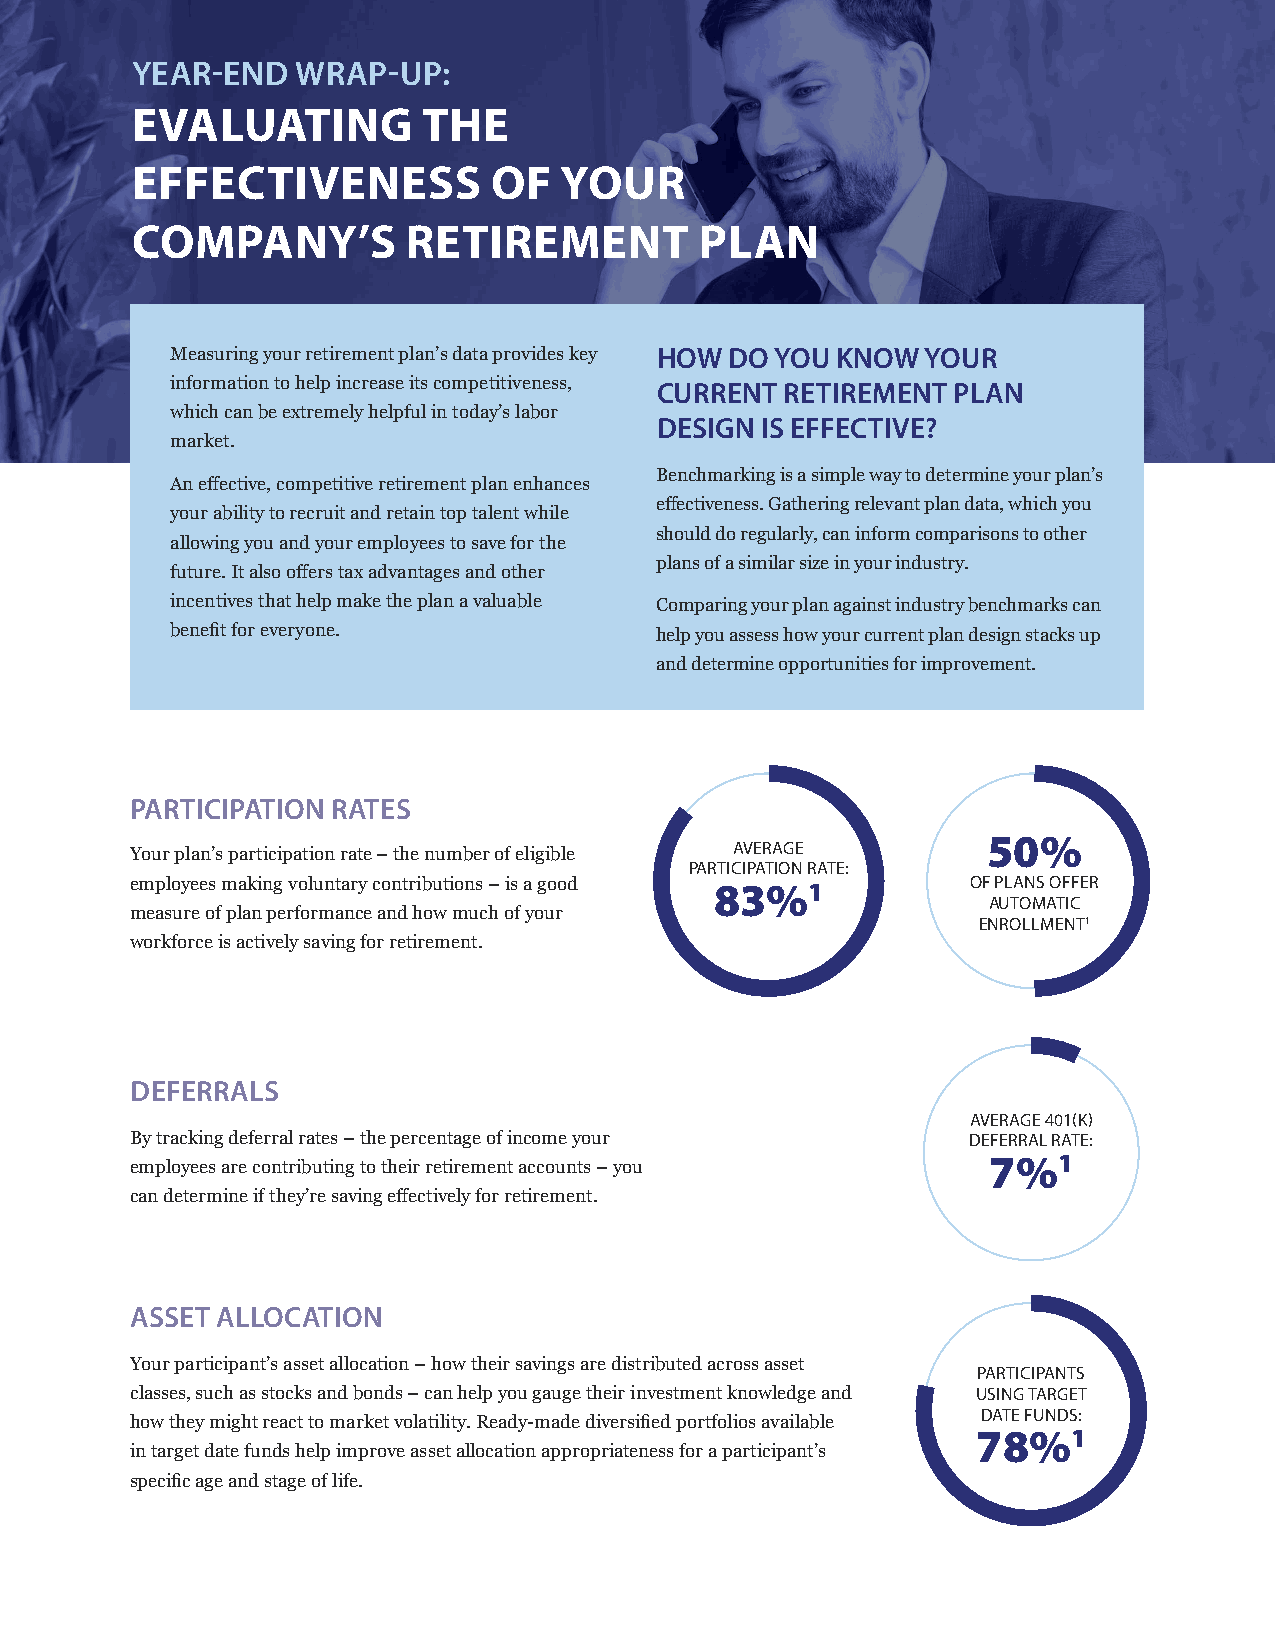
YEAR-END   WRAP-UP:
 EVALUATING         THE
 EFFECTIVENESS           OF  YOUR
 COMPANY’S         RETIREMENT         PLAN
 Measuring your retirement plan’s data provides key HOW DO YOU KNOW YOUR
 information to help increase its competitiveness, CURRENT RETIREMENT PLAN
 which can be extremely helpful in today’s labor
 DESIGN IS EFFECTIVE?
 market.
 Benchmarking is a simple way to determine your plan’s
 An effective, competitive retirement plan enhances
 effectiveness. Gathering relevant plan data, which you
 your ability to recruit and retain top talent while
 should do regularly, can inform comparisons to other
 allowing you and your employees to save for the
 plans of a similar size in your industry.
 future. It also offers tax advantages and other
 incentives that help make the plan a valuable Comparing your plan against industry benchmarks can
 benefit for everyone.           help you assess how your current plan design stacks up
 and determine opportunities for improvement.
 PARTICIPATION RATES
 50%
 AVERAGE
 Your plan’s participation rate – the number of eligible
 PARTICIPATION RATE:
 employees making voluntary contributions – is a good 83%1 OF PLANS OFFER
 AUTOMATIC
 measure of plan performance and how much of your
 ENROLLMENT1
 workforce is actively saving for retirement.
 DEFERRALS
 AVERAGE 401(K)
 By tracking deferral rates – the percentage of income your DEFERRAL RATE:
 7%1
 employees are contributing to their retirement accounts – you
 can determine if they’re saving effectively for retirement.
 ASSET ALLOCATION
 Your participant’s asset allocation – how their savings are distributed across asset
 PARTICIPANTS
 classes, such as stocks and bonds – can help you gauge their investment knowledge and USING TARGET
 DATE FUNDS:
 how they might react to market volatility. Ready-made diversified portfolios available
 78%1
 in target date funds help improve asset allocation appropriateness for a participant’s
 specific age and stage of life.